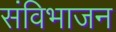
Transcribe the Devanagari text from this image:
संविभाजन